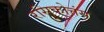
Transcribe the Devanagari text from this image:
रसिकोत्तंस